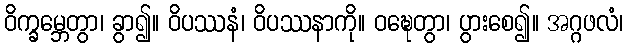
ဝိက္ခမ္ဘေတွာ၊ ခွာ၍။ ဝိပဿနံ၊ ဝိပဿနာကို။ ဝဍ္ဎေတွာ၊ ပွားစေ၍။ အဂ္ဂဖလံ၊